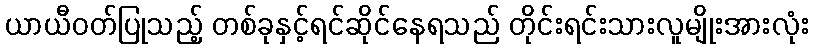
ယာယီဝတ်ပြုသည့် တစ်ခုနှင့်ရင်ဆိုင်နေရသည် တိုင်းရင်းသားလူမျိုးအားလုံး